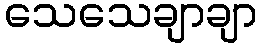
သေသေချာချာ